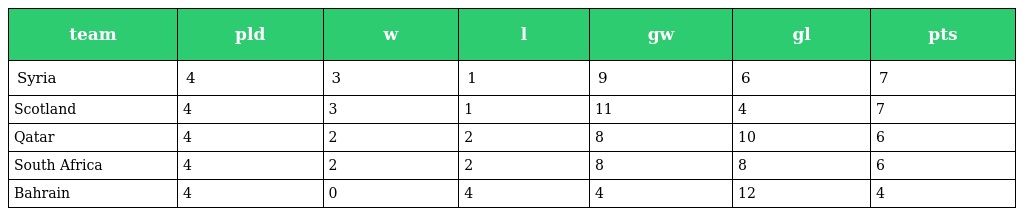
| team | pld | w | l | gw | gl | pts |
 | --- | --- | --- | --- | --- | --- | --- |
 | Syria | 4 | 3 | 1 | 9 | 6 | 7 |
 | Scotland | 4 | 3 | 1 | 11 | 4 | 7 |
 | Qatar | 4 | 2 | 2 | 8 | 10 | 6 |
 | South Africa | 4 | 2 | 2 | 8 | 8 | 6 |
 | Bahrain | 4 | 0 | 4 | 4 | 12 | 4 |